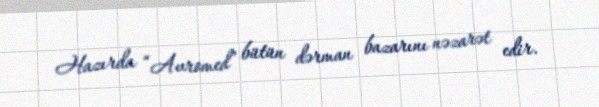
Hazırda “Avromed” bütün dərman bazarını nəzarət edir.